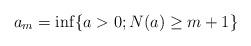
LaTeX: \begin{align*}a_m = \inf\{a > 0; N(a) \ge m+1\}\end{align*}